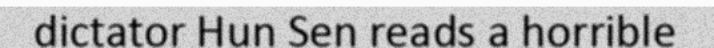
dictator Hun Sen reads a horrible